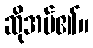
ဆိုအပ်၏။